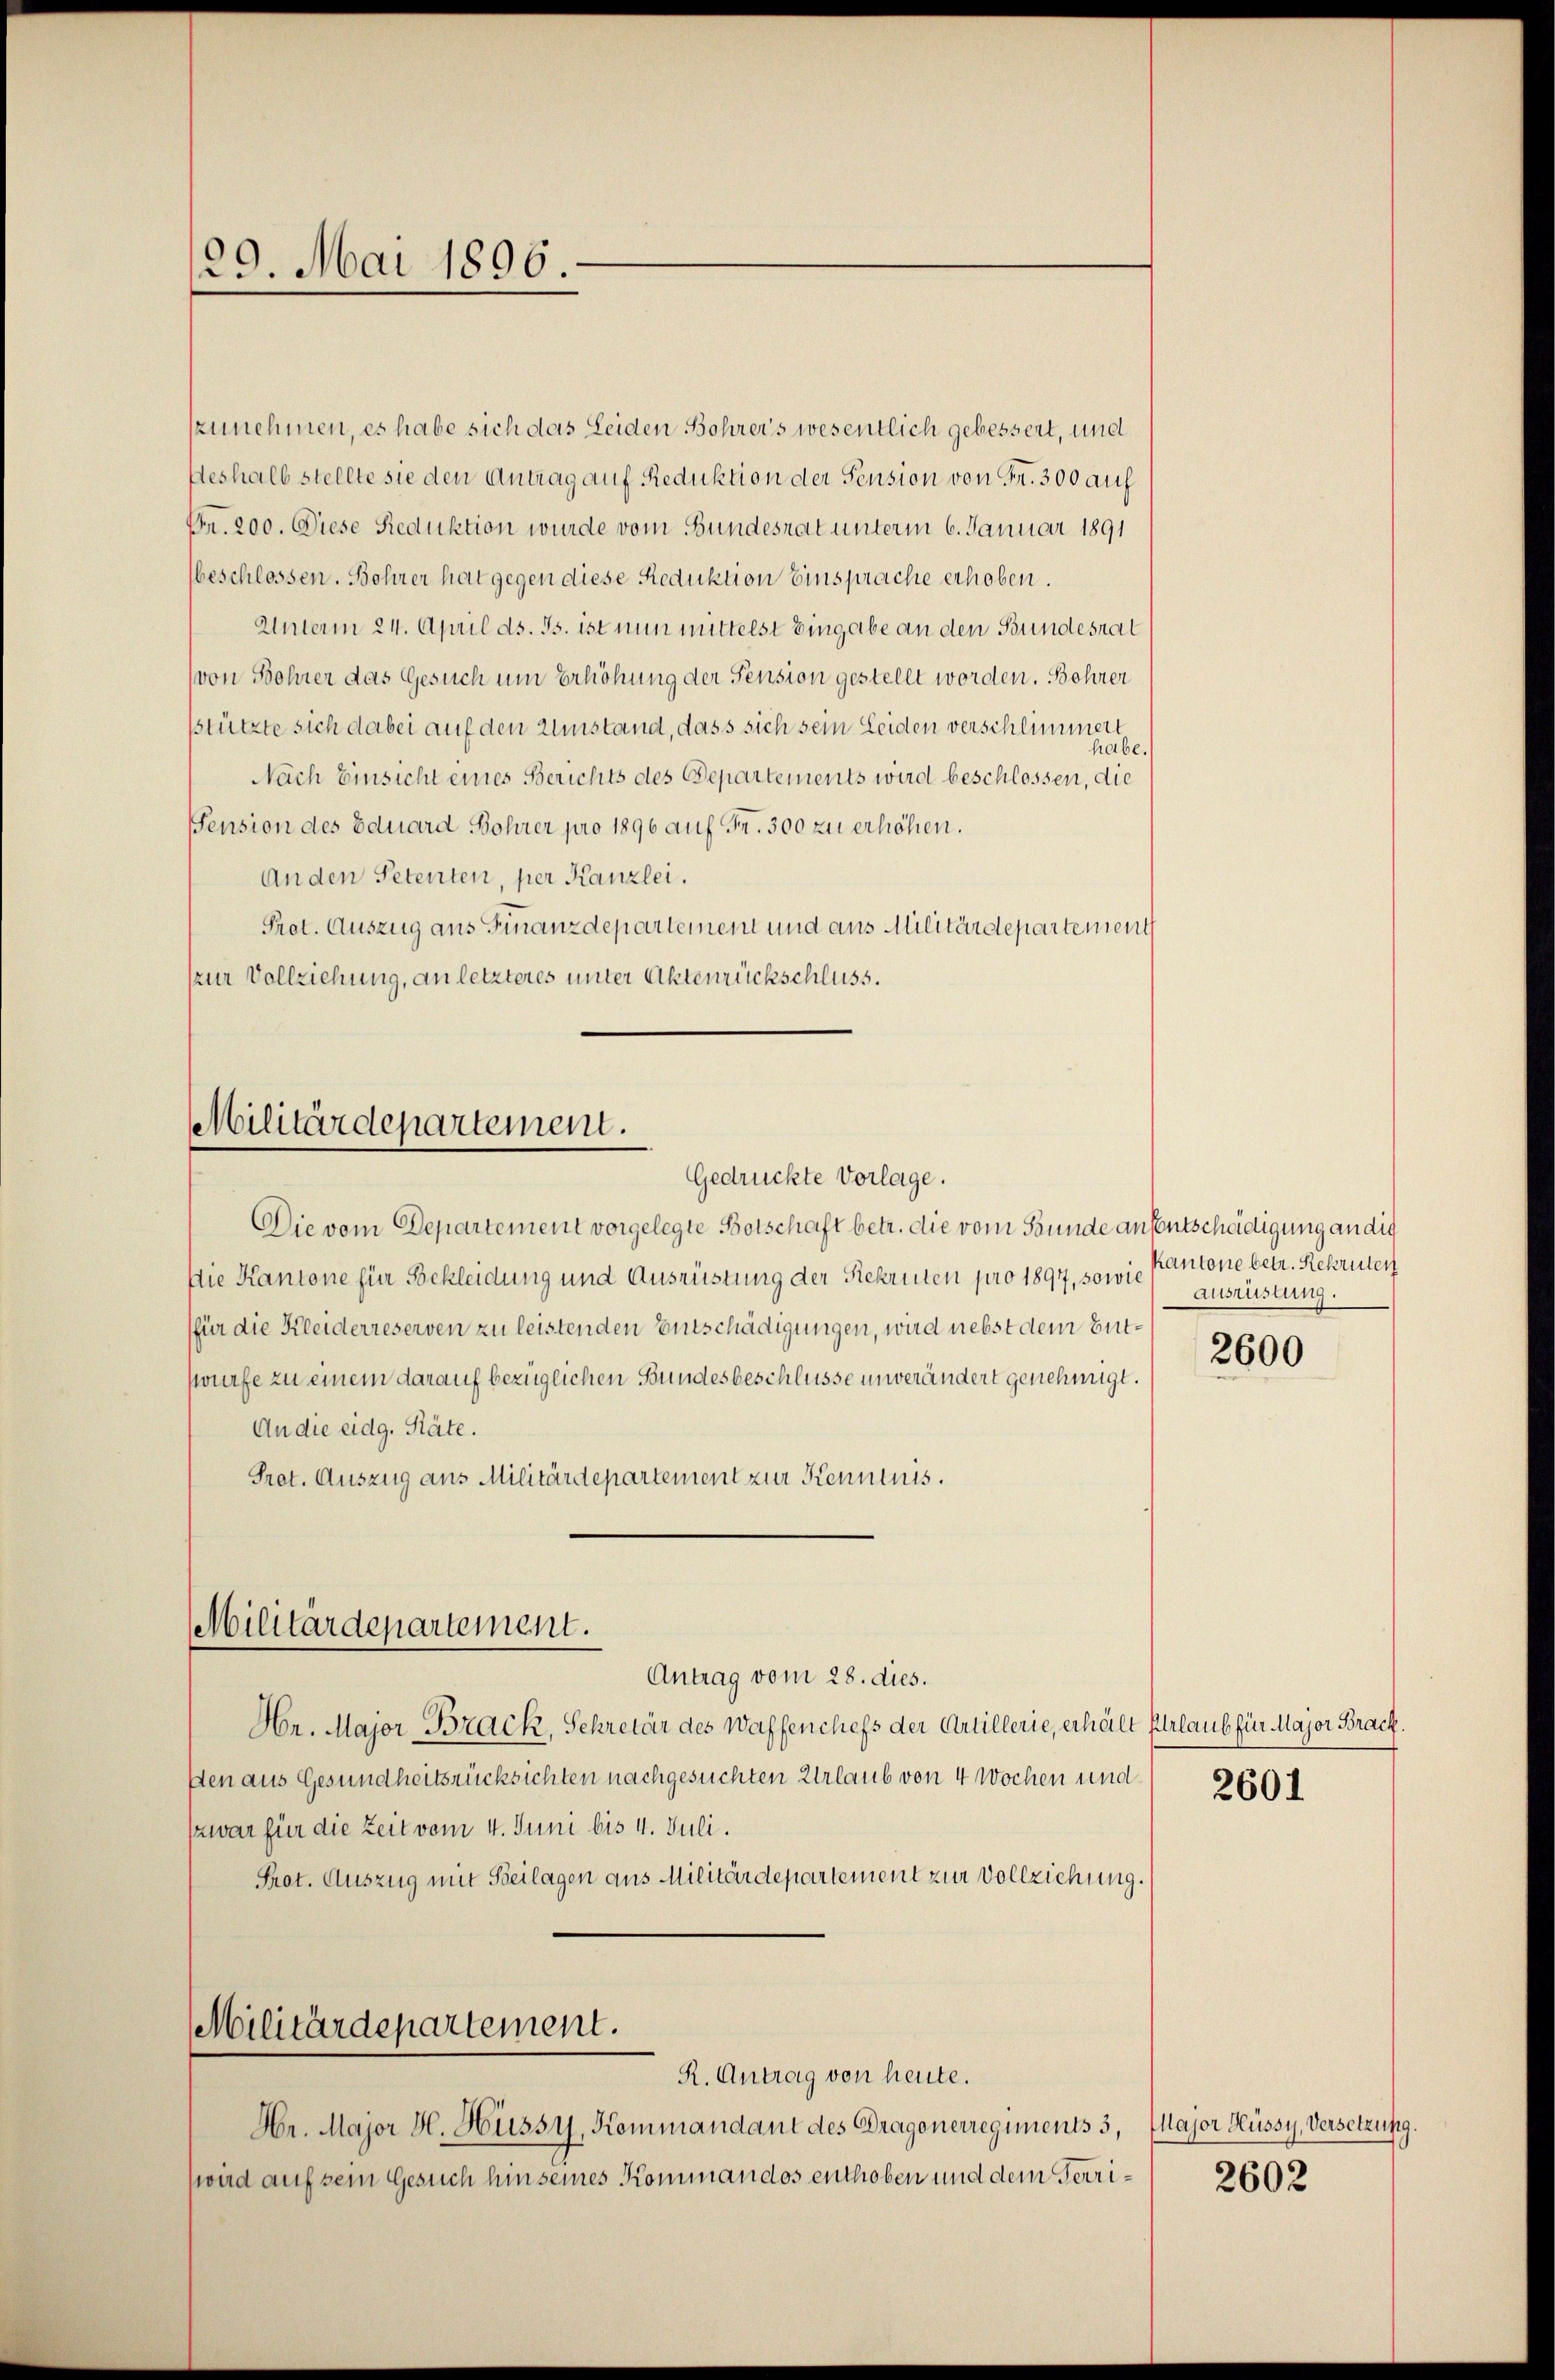
29. Mai 1896.

szunehmen, es habe sich das Leiden Bohrers wesentlich gebessert, und
seshalb stellte sie den Antrag auf Reduktion der Pension von Fr. 300 auf
Fr. 200. Diese Reduktion wurde vom Bundesrat unterm 6. Januar 1891
beschlossen. Bohrer hat gegen diese Reduktion Einsprache erhoben.
Unterm 24. April ds. Js. ist nun mittelst Eingabe an den Bundesrat
(von Bohrer das Gesuch um Erhöhung der Pension gestellt worden. Bohrer
sstürzte sich dabei auf den Umstand, dass sich sein Leiden verschlimmert
habe.
Nach Einsicht eines Berichts des Departements wird beschlossen, die
Pension des Eduard Bohrer pro 1896 auf Fr. 300 zu erhöhen.
An den Petenten, per Kanzlei.
Prot. Auszug aus Finanzdepartement und aus Militärdepartement
(zur Vollziehung, an letzteres unter Aktenrückschluss.

Militärdepartement.
Gedrückte Vorlage.

Die vom Departement vorgelegte Botschaft betr. die vom Bunde ansentschädigung an die
Die Kantone für Bekleidung und Ausrüstung der Rekruten pro 1897, sowie
(für die Kleiderreserven zu leistenden Entschädigungen, wird nebst dem Entwürfe zu einem darauf bezüglichen Bundesbeschlüsse unverändert genehmigt.
An die eidg. Räte.
Pret. Auszug aus Militärdepartement zur Kenntnis.
Militärdepartement.
Antrag vom 28. dies.
Hr. Major Brack, Sekretär des Waffenchefs der Artillerie, erhält Erlaub für Major Brack.
sen aus Gesundheitsrücksichten nachgesuchten Urlaub von 4 Wochen und
zwar für die Zeit vom 4. Juni bis 4. Juli.
Prot. Auszug mit Beilagen aus Militärdepartement zur Vollziehung.
Militärdepartement.

R. Antrag von heute.

Hr. Major H. Hüssy, Kommandant des Dragonerregiments 3,
(wird auf sein Gesuch hin seines Kommandos enthoben und dem Terri¬

Kantone betr. Rekruten
Ausrüstung.

2600

2601

Major Hüssy, Versetzung.

2602